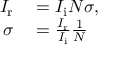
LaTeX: \begin{array} { r l } { I _ { \mathrm { r } } } & { { } = I _ { \mathrm { i } } N \sigma , } \\ { \sigma } & { { } = { \frac { I _ { \mathrm { r } } } { I _ { \mathrm { i } } } } { \frac { 1 } { N } } } \end{array}